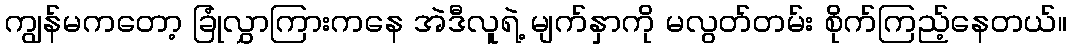
ကျွန်မကတော့ ခြုံလွှာကြားကနေ အဲဒီလူရဲ့ မျက်နှာကို မလွတ်တမ်း စိုက်ကြည့်နေတယ်။